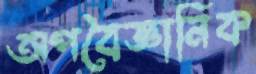
অপবৈজ্ঞানিক